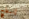
إنبطح